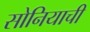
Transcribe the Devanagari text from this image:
सोनियाची